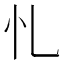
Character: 𢖪